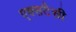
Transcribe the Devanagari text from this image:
एक्सटैसी